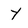
Character: Y